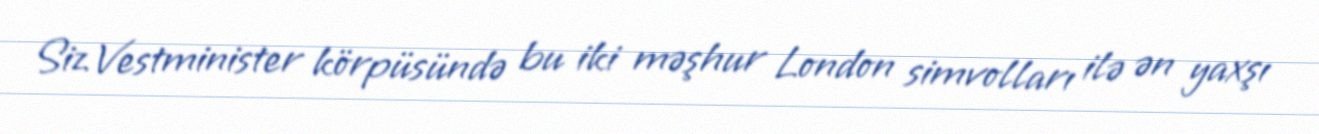
Siz Vestminister körpüsündə bu iki məşhur London simvolları ilə ən yaxşı